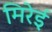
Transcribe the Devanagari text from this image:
मिरेई